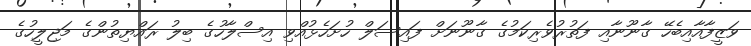
ވަޒީފާއާއިބެހޭ ގާނޫނާއި ފަތުރުވެރިކަމުގެ ގާނޫނަށް ފައިސަލް ހުށަހެޅުއްވި އިސްލާހުގެ ބިލު ރައްޔިތުންގެ މަޖިލީހުގެ